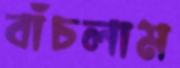
বাঁচলাম